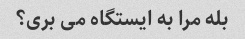
بله مرا به ایستگاه می بری؟